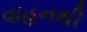
વાહનથી